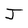
Character: J